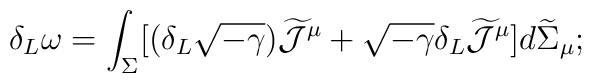
\delta_{L} \omega = \int_{\Sigma} [ (\delta_{L} \sqrt{- \gamma})\widetilde{\cal J}^{\mu} + \sqrt{- \gamma} \delta_{L}\widetilde{\cal J}^{\mu} ] d \widetilde{\Sigma}_{\mu};